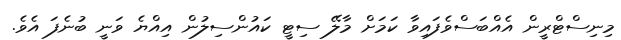
މިނިސްޓްރީން އެއްބަސްވެފައިވާ ކަމަށް މާލޭ ސިޓީ ކައުންސިލުން އިއްޔެ ވަނީ ބުނެފަ އެވެ.